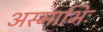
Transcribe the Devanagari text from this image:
अस्माभिः